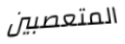
المتعصبين